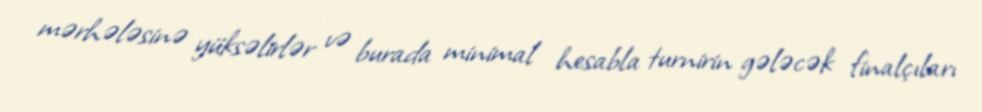
mərhələsinə yüksəlirlər və burada minimal hesabla turnirin gələcək finalçıları